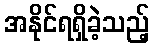
အနိုင်ရရှိခဲ့သည့်